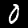
Label: 0